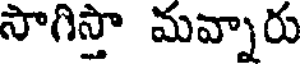
సాగిస్తా మవ్నారు